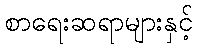
စာရေးဆရာများနှင့်